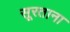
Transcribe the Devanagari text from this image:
सूरताना